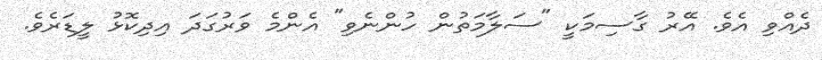
ދެއްވި އެވެ. އޭރު ގާސިމަކީ "ސަލާމަތުން ހުންނެވި" އެންމެ ވަރުގަދަ އިދިކޮޅު ލީޑަރެވެ.